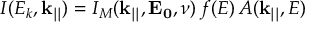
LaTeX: I ( E _ { k } , \mathbf { k _ { | | } } ) = I _ { M } ( \mathbf { k _ { | | } } , \mathbf { E _ { 0 } } , \nu ) \, f ( E ) \, A ( \mathbf { k _ { | | } } , E )